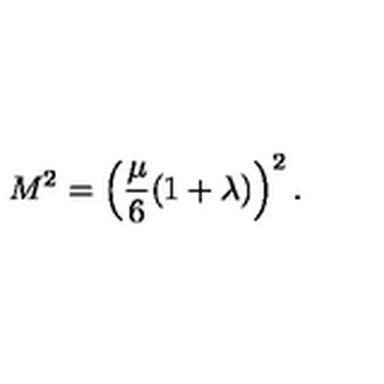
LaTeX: M ^ { 2 } = \left( { \frac { \mu } { 6 } } ( 1 + \lambda ) \right) ^ { 2 } .